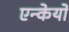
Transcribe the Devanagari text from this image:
एन्केयो